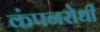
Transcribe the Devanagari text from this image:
कंपनरोधी